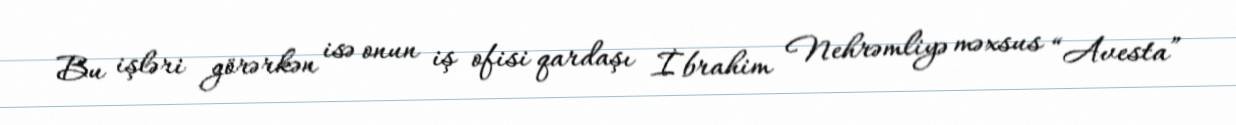
Bu işləri görərkən isə onun iş ofisi qardaşı İbrahim Nehrəmliyə məxsus “Avesta”